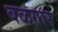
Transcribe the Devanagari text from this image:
बळगार